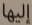
إليها